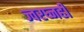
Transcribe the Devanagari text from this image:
ज्वरघ्नही